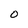
Character: 0